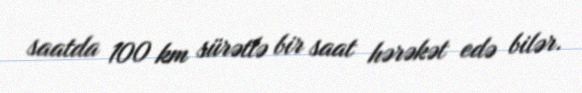
saatda 100 km sürətlə bir saat hərəkət edə bilər.